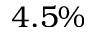
4 . 5 \%